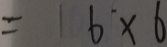
= 6 \times 6